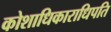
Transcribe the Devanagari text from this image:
कोशाधिकाराधिपति